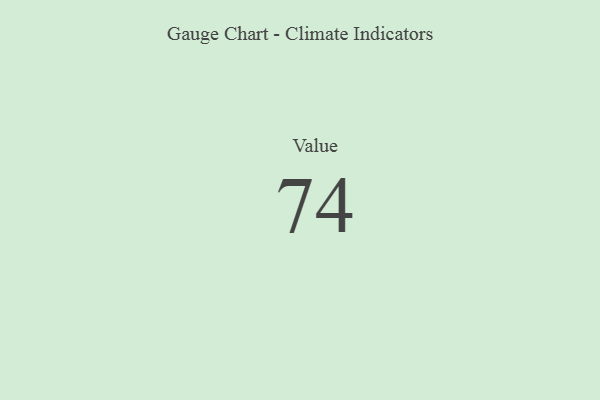
{"axis": {"x": "Metric", "y": "Value"}, "legend": [""], "data": [{"x": "Value", "y": 74, "type": ""}]}